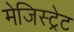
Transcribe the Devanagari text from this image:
मेजिस्ट्रेट